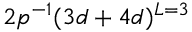
2 p ^ { - 1 } ( 3 d + 4 d ) ^ { L = 3 }